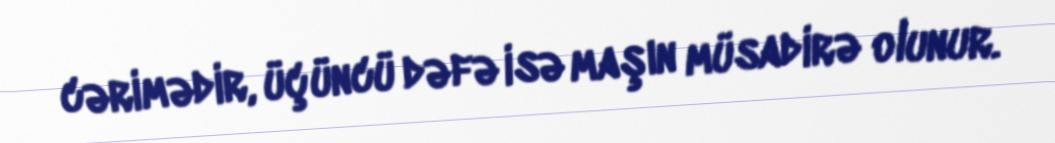
cərimədir, üçüncü dəfə isə maşın müsadirə olunur.